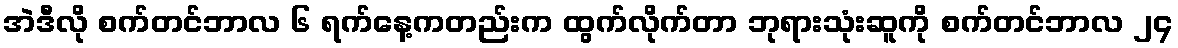
အဲဒီလို စက်တင်ဘာလ ၆ ရက်နေ့ကတည်းက ထွက်လိုက်တာ ဘုရားသုံးဆူကို စက်တင်ဘာလ ၂၄